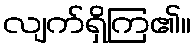
လျက်ရှိကြ၏။